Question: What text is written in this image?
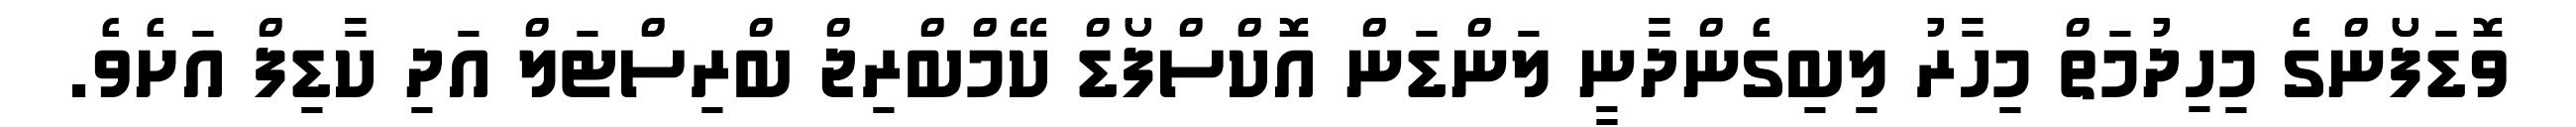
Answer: ވޮޑަފޯންގެ މިހިދުމަތް މިހާރު ލިބިގެންދާނީ ލަންޑަން އޮކްސްފޯޑް ކޭމްބްރިޖް ބްރިސްޓަލް އަދި ކާޑިފް އަށެވެ.